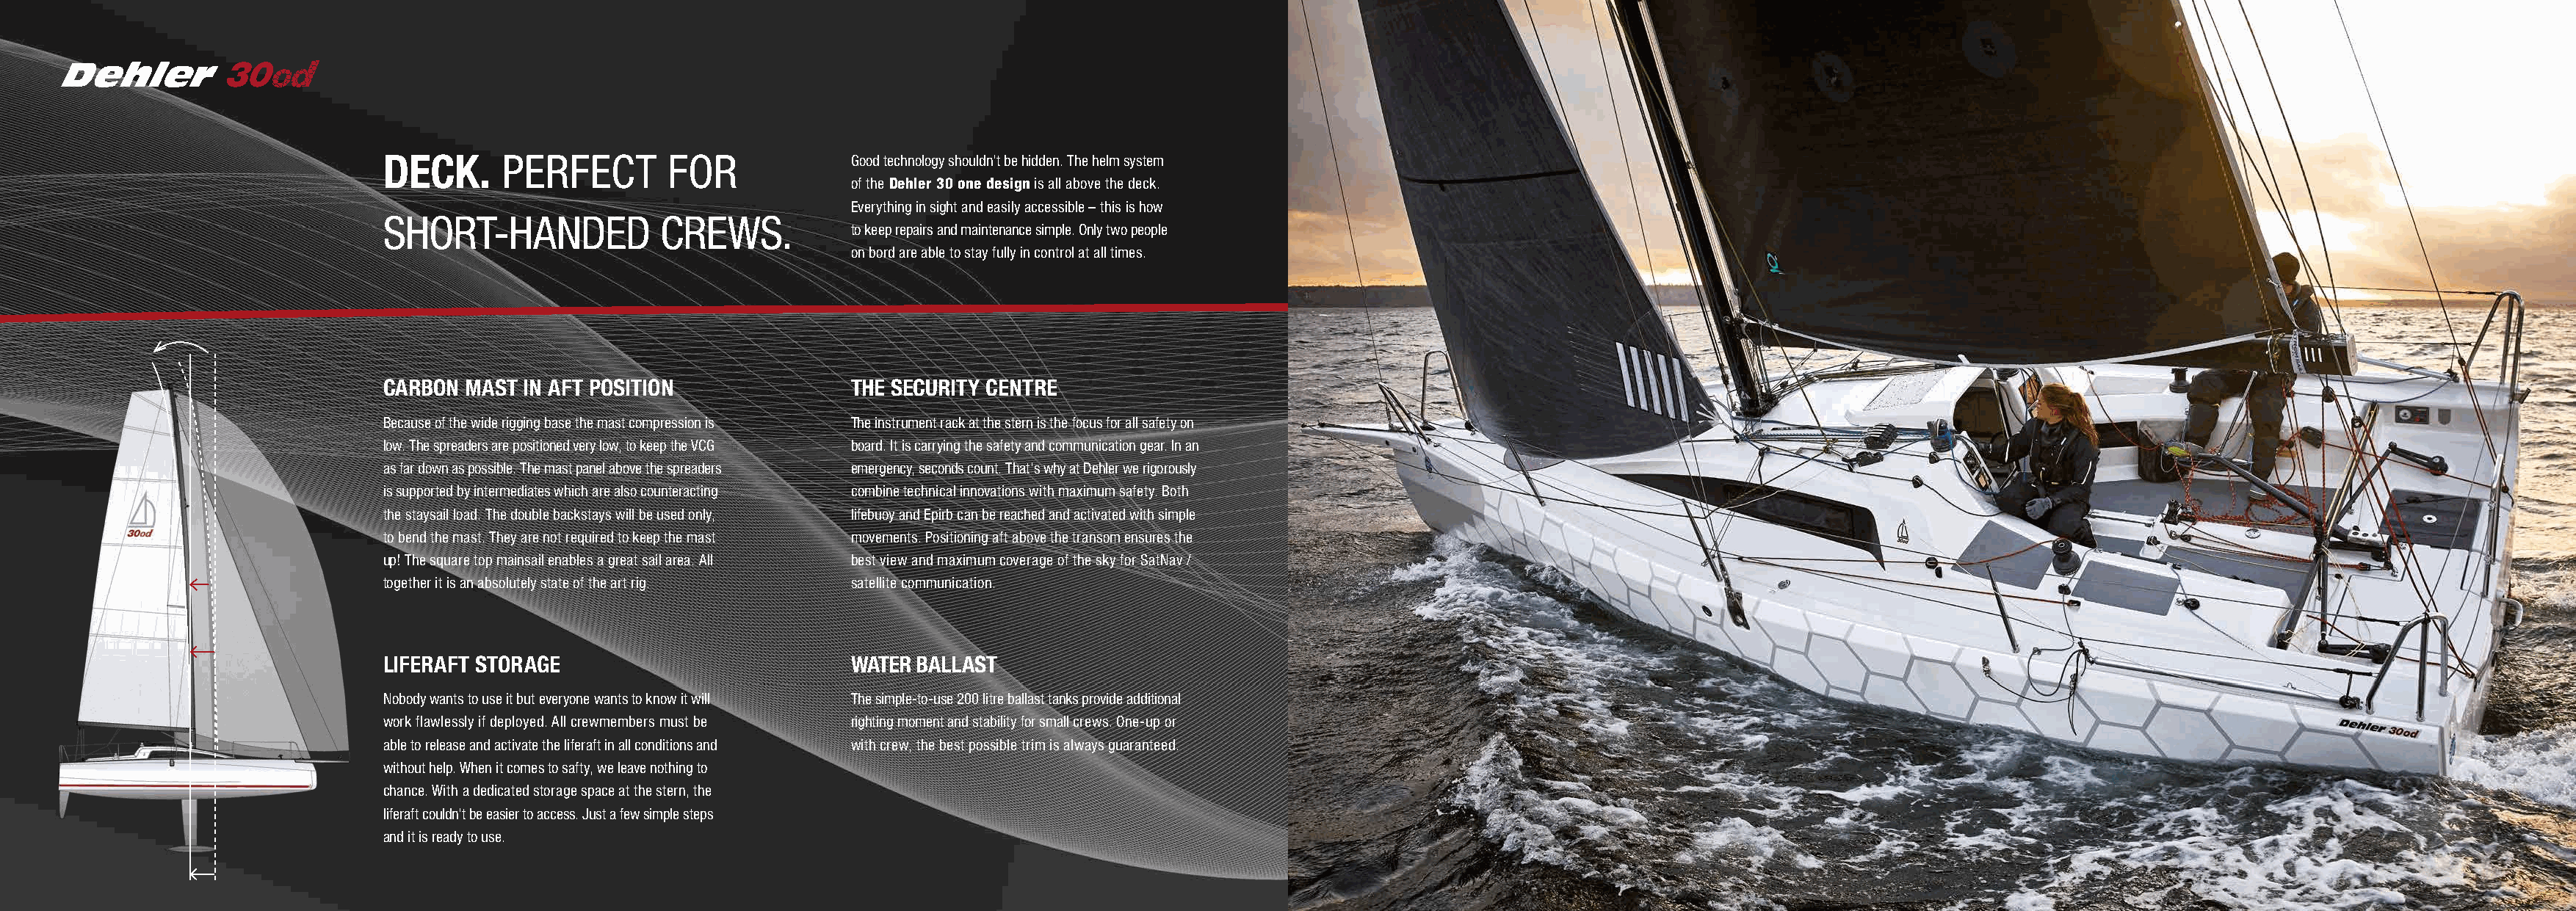
DECK.     PERFECT        FOR              Good technology shouldn’t be hidden. The helm system
 of the Dehler 30 one design is all above the deck.
 Everything in sight and easily accessible – this is how
 SHORT-HANDED             CREWS.
 to keep repairs and maintenance simple. Only two people
 on bord are able to stay fully in control at all times.
 CARBON MAST IN AFT POSITION               THE SECURITY CENTRE
 Because of the wide rigging base the mast compression is The instrument rack at the stern is the focus for all safety on
 low. The spreaders are positioned very low, to keep the VCG board. It is carrying the safety and communication gear. In an
 as far down as possible. The mast panel above the spreaders emergency, seconds count. That’s why at Dehler we rigorously
 is supported by intermediates which are also counteracting combine technical innovations with maximum safety. Both
 the staysail load. The double backstays will be used only, lifebuoy and Epirb can be reached and activated with simple
 to bend the mast. They are not required to keep the mast movements. Positioning aft above the transom ensures the
 up! The square top mainsail enables a great sail area. All best view and maximum coverage of the sky for SatNav /
 together it is an absolutely state of the art rig. satellite communication.
 LIFERAFT STORAGE                          WATER BALLAST
 Nobody wants to use it but everyone wants to know it will The simple-to-use 200 litre ballast tanks provide additional
 work flawlessly if deployed. All crewmembers must be righting moment and stability for small crews. One-up or
 able to release and activate the liferaft in all conditions and with crew, the best possible trim is always guaranteed.
 without help. When it comes to safty, we leave nothing to
 chance. With a dedicated storage space at the stern, the
 liferaft couldn’t be easier to access. Just a few simple steps
 and it is ready to use.